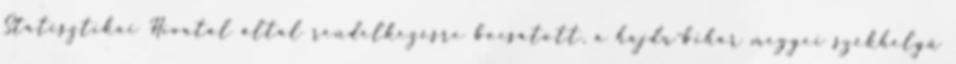
Statisztikai Hivatal által rendelkezésre bocsátott, a hajdú-bihar megyei székhelyű